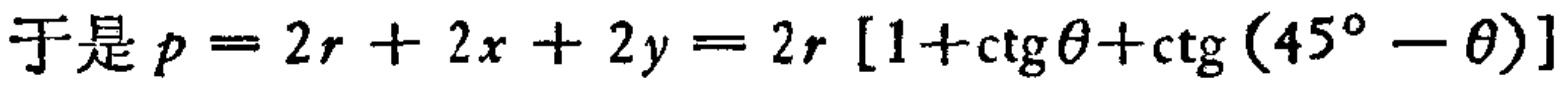
于是 \(p = 2r + 2x + 2y = 2r \left[1+\mathrm{ctg}\theta+\mathrm{ctg}(45^{\circ}-\theta)\right]\)